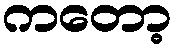
ကတော့